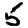
Digit: 5